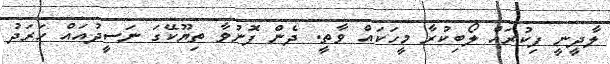
ލާދީނީ ފިކުރައް ލޯބިކުރާ މީހަކައް ވާތީ. ދެން ފޮނުވާ ތިޔޫކޭގަ ނަސީދުއައް ހަރަދު